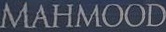
MAHMOOD